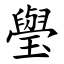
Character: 㼂